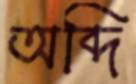
অব্দি